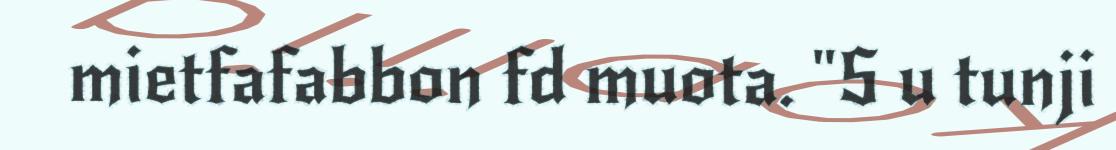
mietfafabbon fd muota. "S u tunji